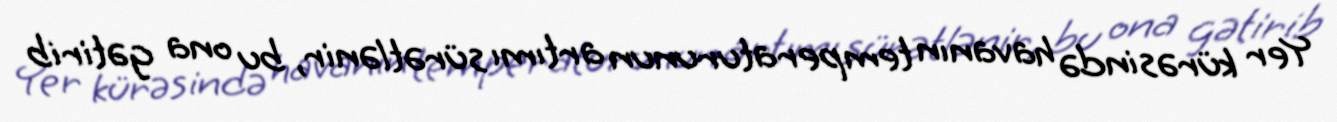
Yer kürəsində havanın temperaturunun artımı sürətlənir, bu ona gətirib